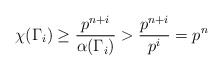
\begin{align*}\chi(\Gamma_i)\geq \frac{p^{n+i}}{\alpha(\Gamma_i)}>\frac{p^{n+i}}{p^i}=p^n\end{align*}